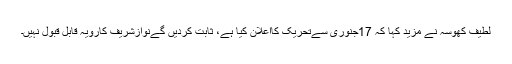
لطیف کھوسہ نے مزید کہا کہ 17جنوری سےتحریک کااعلان کیا ہے، ثابت کردیں گےنوازشریف کارویہ قابل قبول نہیں۔